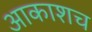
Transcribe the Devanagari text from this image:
आकाशच